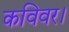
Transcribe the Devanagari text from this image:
कविवर।